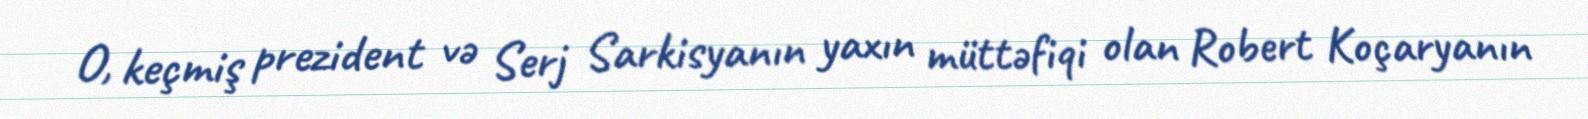
O, keçmiş prezident və Serj Sarkisyanın yaxın müttəfiqi olan Robert Koçaryanın